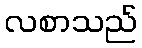
လစာသည်